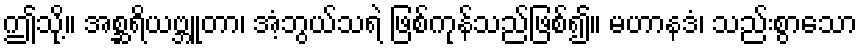
ဤသို့။ အစ္ဆရိယဗ္ဘူတာ၊ အံ့ဘွယ်သရဲ ဖြစ်ကုန်သည်ဖြစ်၍။ မဟာနဒံ၊ သည်းစွာသော